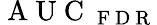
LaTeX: \mathrm{~A~U~C~}_{\mathrm{~F~D~R~}}